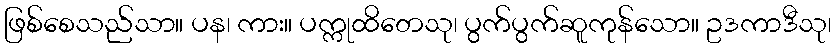
ဖြစ်စေသည်သာ။ ပန၊ ကား။ ပက္ကုထိတေသု၊ ပွက်ပွက်ဆူကုန်သော။ ဥဒကာဒီသု၊